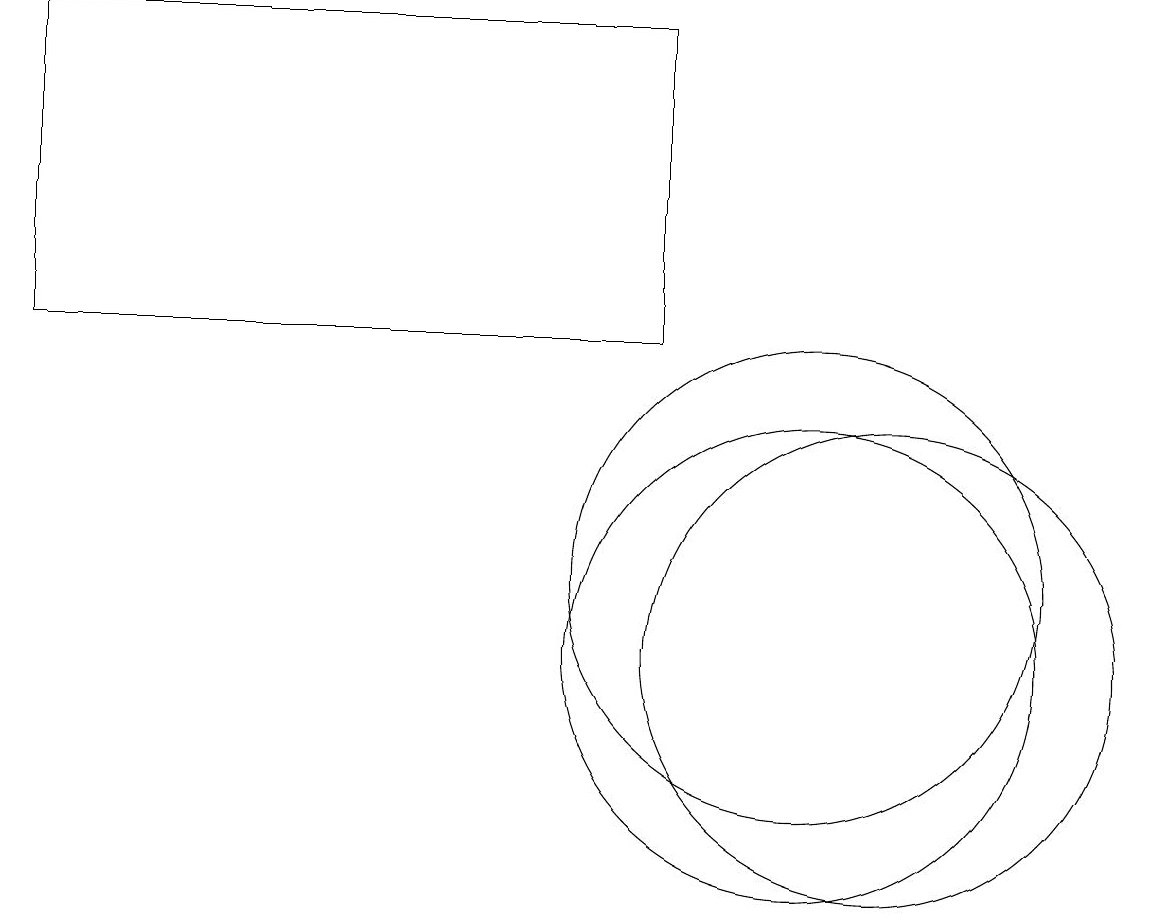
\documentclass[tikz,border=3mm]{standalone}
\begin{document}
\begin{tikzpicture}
\draw (11,11) circle (3);
\draw (1,19) rectangle (9,15);
\draw (11,12) circle (3);
\draw (12,11) circle (3);
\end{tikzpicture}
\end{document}